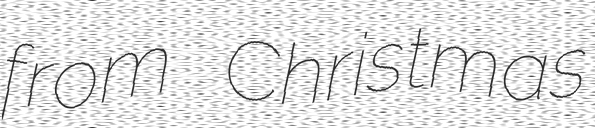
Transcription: from Christmas